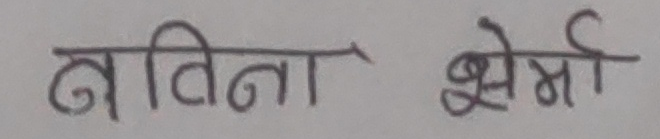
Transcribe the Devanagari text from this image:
नविना क्षेर्मा